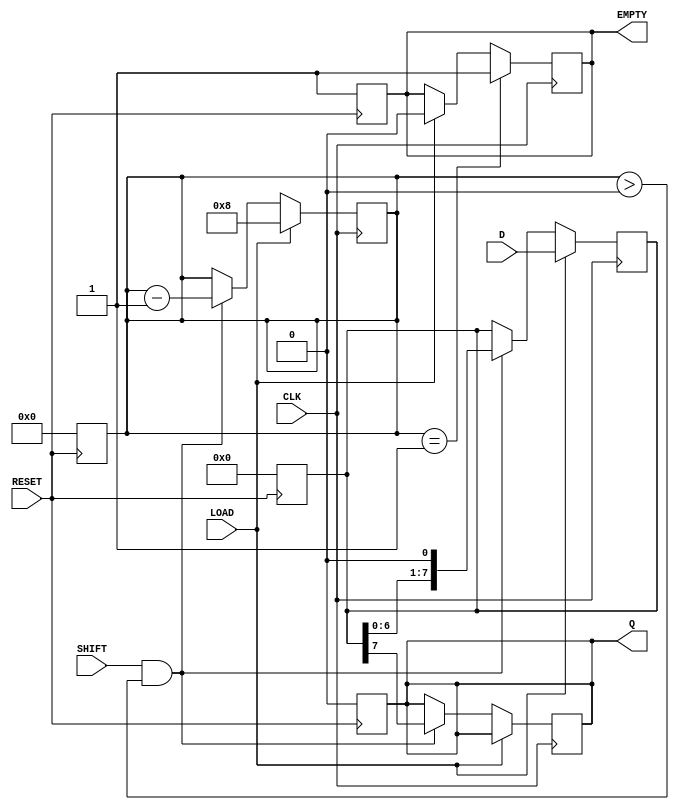
module PISO_Register (
    input wire [7:0] D,      // Parallel Data Input
    input wire CLK,          // Clock Input
    input wire LOAD,         // Load Control Signal
    input wire SHIFT,        // Shift Control Signal
    input wire RESET,        // Asynchronous Reset
    output reg Q,            // Serial Data Output
    output reg EMPTY         // Status Signal: Indicates when register is empty
);

    reg [7:0] shift_reg;     // Internal Shift Register
    reg [3:0] bit_count;     // Counter for bits shifted out

    // Asynchronous Reset
    always @(posedge RESET) begin
        shift_reg <= 8'b0;
        Q <= 1'b0;
        bit_count <= 4'b0;
        EMPTY <= 1'b1;
    end

    // Loading data into the shift register
    always @(posedge CLK) begin
        if (LOAD) begin
            shift_reg <= D;      // Load parallel data into shift register
            bit_count <= 4'd8;   // Set bit count to 8 (for 8-bit register)
            EMPTY <= 1'b0;       // Register is not empty
        end
        else if (SHIFT && bit_count > 0) begin
            Q <= shift_reg[7];   // Output the MSB of the shift register
            shift_reg <= shift_reg << 1; // Shift left
            bit_count <= bit_count - 1; // Decrease the bit count
        end
        
        // Check if the register is empty after shifting
        if (bit_count == 1) begin
            EMPTY <= 1'b1;       // Set empty flag when no bits left
        end
    end

endmodule